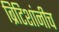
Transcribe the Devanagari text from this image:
ब्रिटिशांनीच